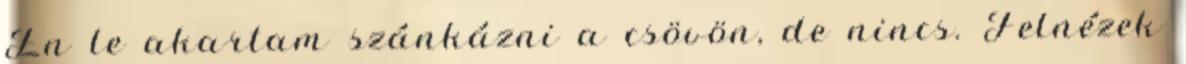
Én le akartam szánkázni a csövön, de nincs. Felnézek